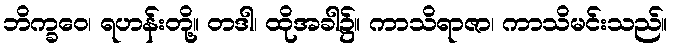
ဘိက္ခဝေ၊ ရဟန်းတို့။ တဒါ၊ ထိုအခါ၌။ ကာသိရာဇာ၊ ကာသိမင်းသည်။